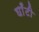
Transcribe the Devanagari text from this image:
घाँटी